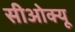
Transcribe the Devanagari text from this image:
सीओक्यू